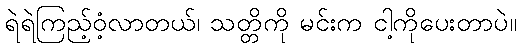
ရဲရဲကြည့်ဝံ့လာတယ်၊ သတ္တိကို မင်းက ငါ့ကိုပေးတာပဲ။